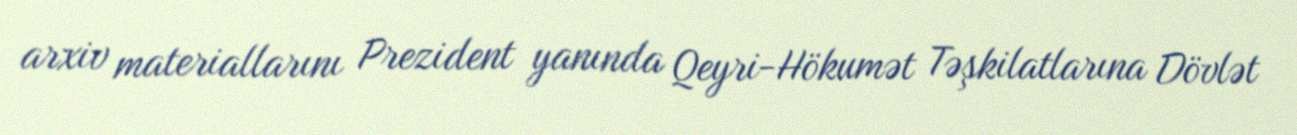
arxiv materiallarını Prezident yanında Qeyri-Hökumət Təşkilatlarına Dövlət